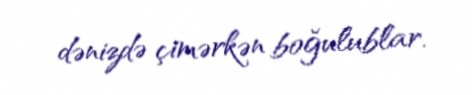
dənizdə çimərkən boğulublar.